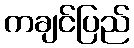
ကချင်ပြည်